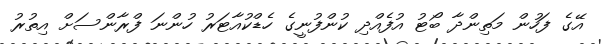
އޭގެ ފަހުން މަތިންދާ ބޯޓު އުފެއްދި ކުންފުނީގެ ހެޑްކުއާޓަރު ހުންނަ ފްރާންސަށް އިތުރު